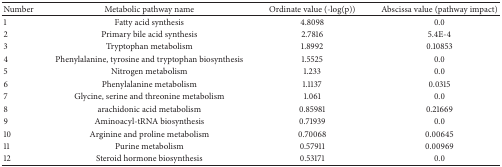
| Number | Metabolic pathway name | Ordinate value (-log(p)) | Abscissa value (pathway impact) |
 | --- | --- | --- | --- |
 | 1 | Fatty acid synthesis | 4.8098 | 0.0 |
 | 2 | Primary bile acid synthesis | 2.7816 | 5.4E-4 |
 | 3 | Tryptophan metabolism | 1.8992 | 0.10853 |
 | 4 | Phenylalanine, tyrosine and tryptophan biosynthesis | 1.5525 | 0.0 |
 | 5 | Nitrogen metabolism | 1.233 | 0.0 |
 | 6 | Phenylalanine metabolism | 1.1137 | 0.0315 |
 | 7 | Glycine, serine and threonine metabolism | 1.061 | 0.0 |
 | 8 | arachidonic acid metabolism | 0.85981 | 0.21669 |
 | 9 | Aminoacyl-tRNA biosynthesis | 0.71939 | 0.0 |
 | 10 | Arginine and proline metabolism | 0.70068 | 0.00645 |
 | 11 | Purine metabolism | 0.57911 | 0.00969 |
 | 12 | Steroid hormone biosynthesis | 0.53171 | 0.0 |